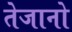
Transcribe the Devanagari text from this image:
तेजानो